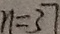
n = 3 7